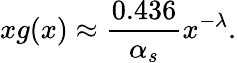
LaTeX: xg(x)\approx\frac{0.436}{\alpha_{s}}x^{-\lambda}.